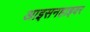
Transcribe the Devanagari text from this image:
आइसनहाइवर